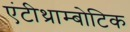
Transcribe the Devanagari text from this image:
एंटीथ्राम्बोटिक